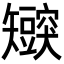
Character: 𬑸